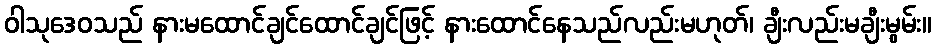
ဝါသုဒေဝသည် နားမထောင်ချင်ထောင်ချင်ဖြင့် နားထောင်နေသည်လည်းမဟုတ်၊ ချီးလည်းမချီးမွမ်း။